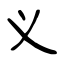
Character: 义